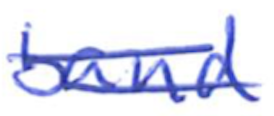
Text: band
Cross-out: double-line
Writing tool: ballpoint